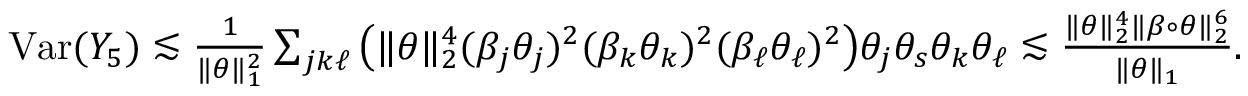
\begin{array} { r } { \mathrm { V a r } ( Y _ { 5 } ) \lesssim \frac { 1 } { \| \theta \| _ { 1 } ^ { 2 } } \sum _ { j k \ell } \big ( \| \theta \| _ { 2 } ^ { 4 } ( \beta _ { j } \theta _ { j } ) ^ { 2 } ( \beta _ { k } \theta _ { k } ) ^ { 2 } ( \beta _ { \ell } \theta _ { \ell } ) ^ { 2 } \big ) \theta _ { j } \theta _ { s } \theta _ { k } \theta _ { \ell } \lesssim \frac { \| \theta \| _ { 2 } ^ { 4 } \| \beta \circ \theta \| _ { 2 } ^ { 6 } } { \| \theta \| _ { 1 } } . } \end{array}